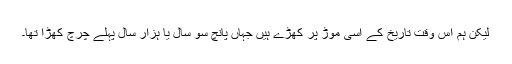
لیکن ہم اس وقت تاریخ کے اسی موڑ پر کھڑے ہیں جہاں پانچ سو سال یا ہزار سال پہلے چرچ کھڑا تھا۔